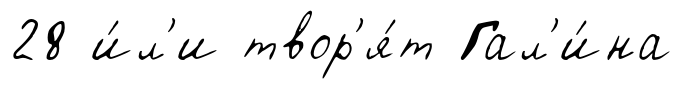
28 и́л'и твор'я́т Гал'и́на